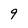
Character: 9